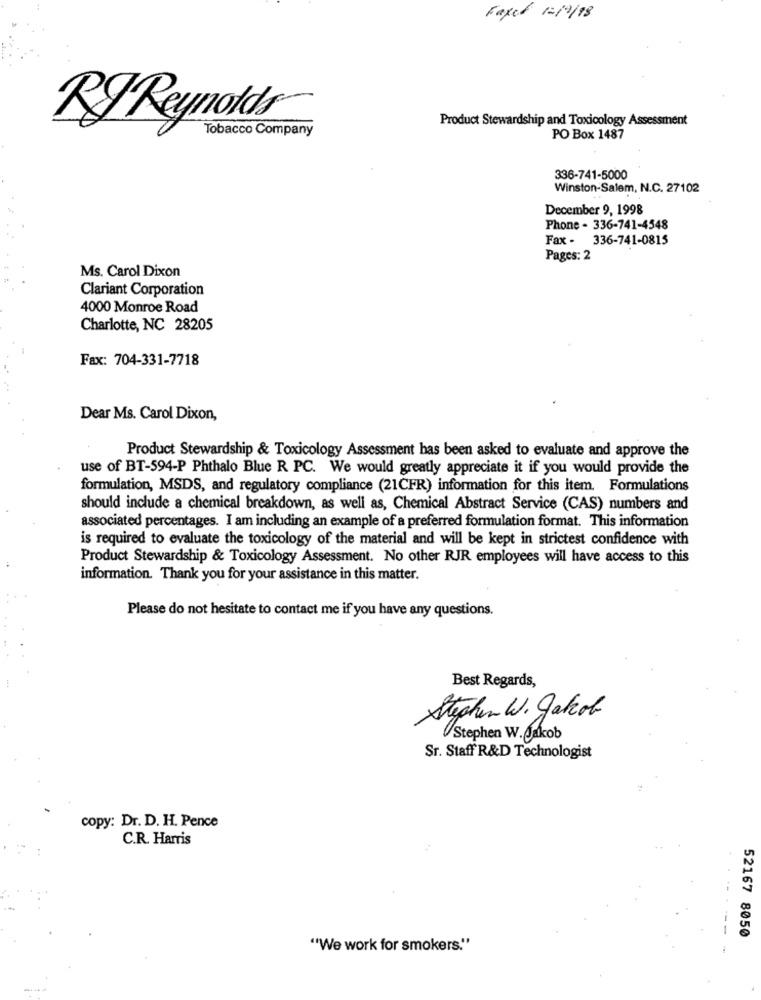
Faxed 1-19/98
Product Stewardship and Toxicology Assessment
Tobacco Company
PO Box 1487
336-741-5000
Winston-Salem, N.C. 27102
December 9, 1998
Phone - 336-741-4548
Fax - 336-741-0815
Pages: 2
Ms. Carol Dixon
Clariant Corporation
4000 Monroe Road
Charlotte, NC 28205
Fax: 704-331-7718
Dear Ms. Carol Dixon,
Product Stewardship & Toxicology Assessment has been asked to evaluate and approve the
use of BT-594-P Phthalo Blue R PC. We would greatly appreciate it if you would provide the
formulation, MSDS, and regulatory compliance (21CFR) information for this item. Formulations
should include a chemical breakdown, as well as, Chemical Abstract Service (CAS) numbers and
associated percentages. I am including an example of a preferred formulation format. This information
is required to evaluate the toxicology of the material and will be kept in strictest confidence with
Product Stewardship & Toxicology Assessment. No other RJR employees will have access to this
information. Thank you for your assistance in this matter.
Please do not hesitate to contact me if you have any questions.
Best Regards,
Stephen W. Jakob
Stephen W. Jakob
Sr. Staff R&D Technologist
copy: Dr. D. H. Pence
C.R. Harris
52167 8050
"We work for smokers."